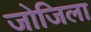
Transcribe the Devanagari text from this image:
जोजिला